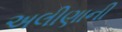
અલીણાની